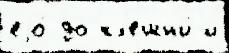
еjо́ до кл'ешн'и́ и